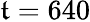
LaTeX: \mathfrak{t}=640